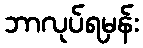
ဘာလုပ်ရမှန်း